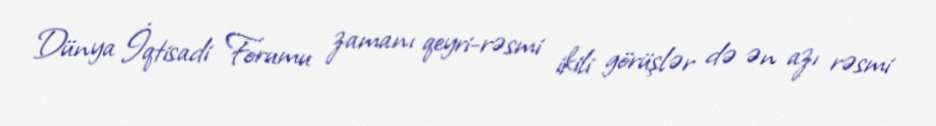
Dünya İqtisadi Forumu zamanı qeyri-rəsmi ikili görüşlər də ən azı rəsmi